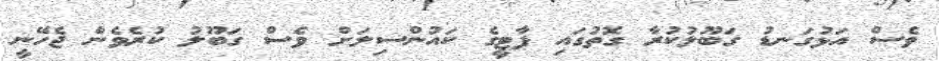
ވެސް އަޅުގަނޑު ގަބޫލުކުރާ ގޮތުގައި ޕާޓީގެ ކައުންސިލަށް ވެސް ގަބޫލު ކުރެވެން ޖެހޭނީ